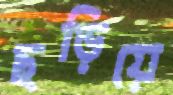
ছড়িয়ে